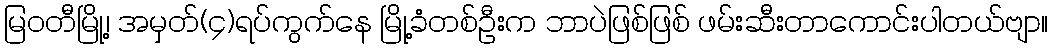
မြဝတီမြို့၊ အမှတ်(၄)ရပ်ကွက်နေ မြို့ခံတစ်ဦးက ဘာပဲဖြစ်ဖြစ် ဖမ်းဆီးတာကောင်းပါတယ်ဗျာ။